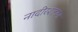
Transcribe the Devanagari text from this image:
नादीरशहाचा